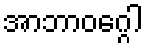
အာဘာဝဂ္ဂေါ